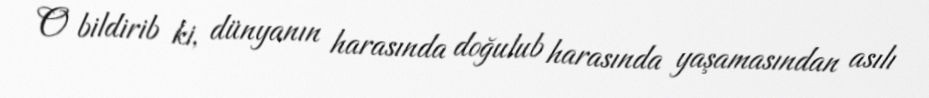
O bildirib ki, dünyanın harasında doğulub harasında yaşamasından asılı